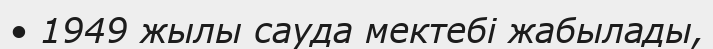
• 1949 жылы сауда мектебі жабылады,